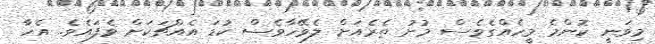
މިވަނީ ކޮންމެ މީހެއްގެވެސް މުށު ތެރެއަށް ލެވޭހާވެސް ކުޑަ އެއްޗަކަށް ވެފައެވެ. އެހާ